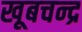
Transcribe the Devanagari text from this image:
खूबचन्द्र